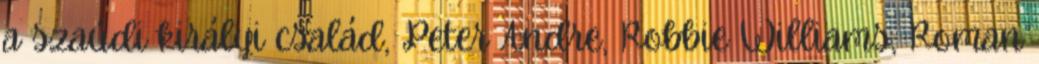
a szaúdi királyi család, Peter Andre, Robbie Williams, Roman